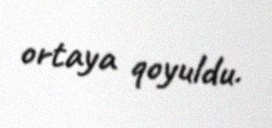
ortaya qoyuldu.